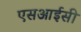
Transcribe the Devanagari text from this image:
एसआईसी